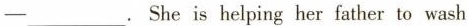
—— ___.She is helping her father to wash